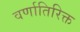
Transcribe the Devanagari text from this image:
वर्णातिरिक्त